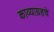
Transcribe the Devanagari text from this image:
काव्याग्रहचे